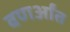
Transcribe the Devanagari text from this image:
वणर्आंत